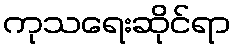
ကုသရေးဆိုင်ရာ